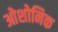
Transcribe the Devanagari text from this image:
ओशोनिक